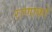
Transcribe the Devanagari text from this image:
राणाको